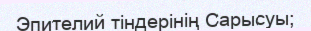
Эпителий тіндерінің Сарысуы;